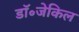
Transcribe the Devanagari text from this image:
डॉ॰जेकिल